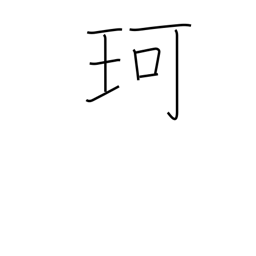
Meaning: jewel